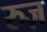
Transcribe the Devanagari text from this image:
रुज़